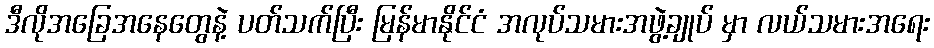
ဒီလိုအခြေအနေတွေနဲ့ ပတ်သက်ပြီး မြန်မာနိုင်ငံ အလုပ်သမားအဖွဲ့ချုပ် မှာ လယ်သမားအရေး